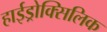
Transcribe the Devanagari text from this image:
हाईड्रोक्सिलिक